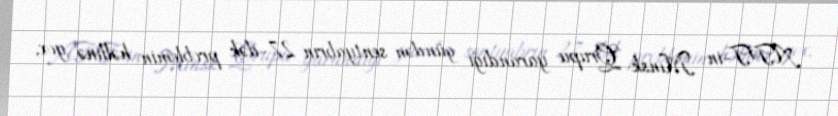
ATƏT-in Minsk Qrupu yarandığı gündən sentyabrın 27-dək problemin həllinə yox,